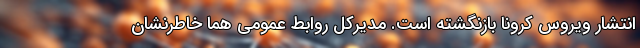
انتشار ویروس کرونا بازنگشته است. مدیرکل روابط‌ عمومی هما خاطرنشان